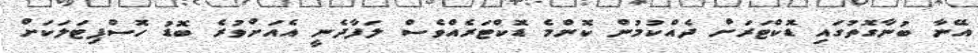
އޭނާ ބުނާގޮތުގައި ޑޮކްޓަރަށް ދެއްކުމުން ކޮންމެ ޑޮކްޓަރެއްވެސް ލަފާދެނީ އެއަށްވުރެ ބޮޑު ހޮސްޕިޓަލަކަށް